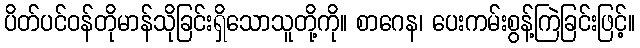
ပိတ်ပင်ဝန်တိုမာန်သိုခြင်းရှိသောသူတို့ကို။ စာဂေန၊ ပေးကမ်းစွန့်ကြဲခြင်းဖြင့်။